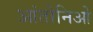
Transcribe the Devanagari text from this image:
आंतोनिओ